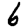
Digit: 6